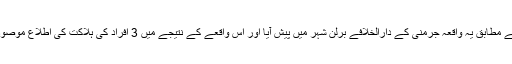
اطلاعات کے مطابق یہ واقعہ جرمنی کے دارالخلافے برلِن شہر میں پیش آیا اور اس واقعے کے نتیجے میں 3 افراد کی ہلاکت کی اطلاع موصول ہوئی ہے۔